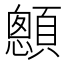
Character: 𩕄